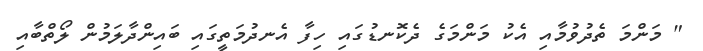
" މަންމަ ތެދުވުމާއި އެކު މަންމަގެ ދެކޮނޑުގައި ހިފާ އެނދުމަތީގައި ބައިންދާލަމުން ލޯތްބާއި